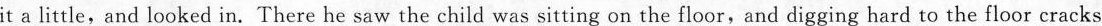
it a little,and looked in. There he saw the child was sitting on the floor,and digging hard to the floor cracks